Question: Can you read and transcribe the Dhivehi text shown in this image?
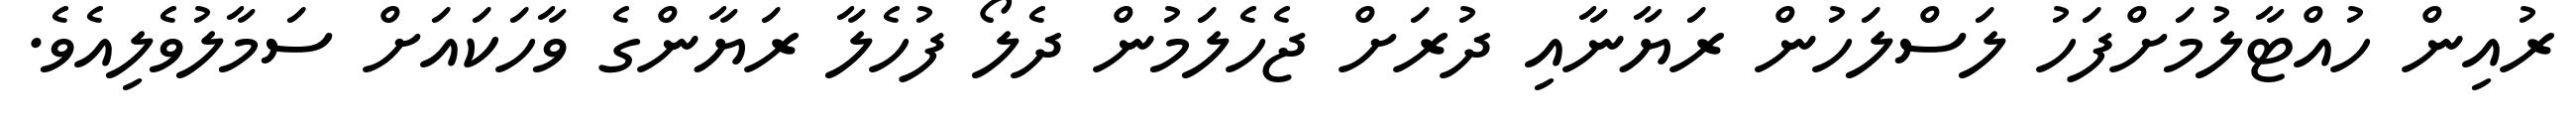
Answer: ރުއިން ހުއްޓާލުމަށްފަހު ލަސްލަހުން ރަޔާނާއި ދުރަށް ޖެހެލަމުން ދެލޯ ފުހެލާ ރަޔާންގެ ވާހަކައަށް ސަމާލުވެލިއެވެ.